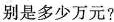
别是多少万元?